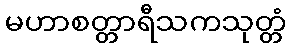
မဟာစတ္တာရီသကသုတ္တံ